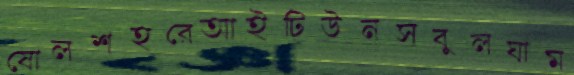
ষোলশহরেআইটিউনসবুলঘাম